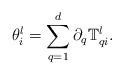
LaTeX: \begin{align*} \theta^l_i=\sum_{q=1}^d\partial_q\mathbb{T}^l_{qi}.\end{align*}